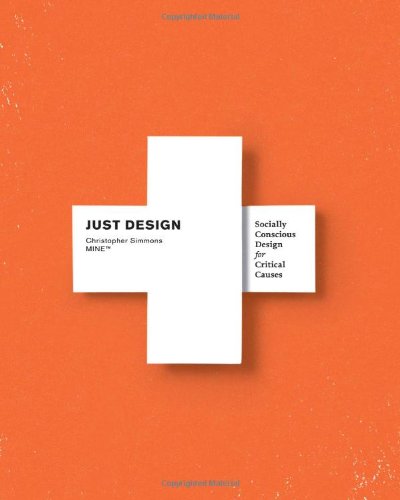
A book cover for Just Design: Socially Conscious Design for Critical Causes; Christopher Simmons; Arts & Photography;